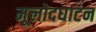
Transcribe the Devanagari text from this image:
मूलोदघाटन